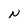
Character: N